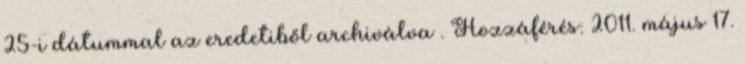
25-i dátummal az eredetiből archiválva . Hozzáférés: 2011. május 17.